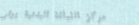
مركز اللياقة البدنية يوفر